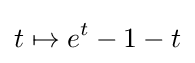
t\mapsto e^{t}-1-t